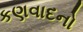
કણવાદનો